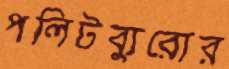
পলিটব্যুরোর